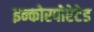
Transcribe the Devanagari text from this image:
इन्कोरपोरेटेड